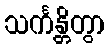
သင်္ကန္တိတွာ